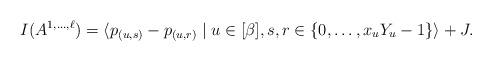
LaTeX: \begin{align*}I(A^{1,\dots,\ell}) = \langle p_{(u,s)} - p_{(u,r)} \mid u \in [\beta], s,r \in \{0,\dots,x_uY_u -1\} \rangle + J.\end{align*}